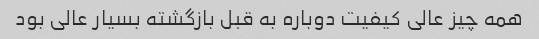
همه چیز عالی کیفیت دوباره به قبل بازگشته بسیار عالی بود